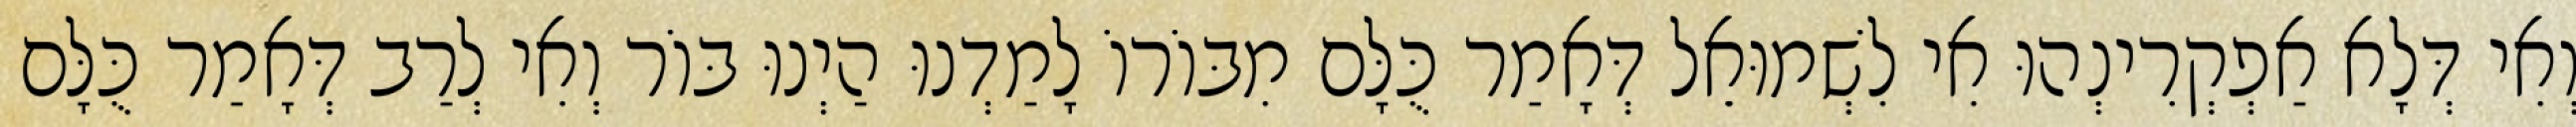
וְאִי דְּלָא אַפְקְרִינְהוּ אִי לִשְׁמוּאֵל דְּאָמַר כֻּלָּם מִבּוֹרוֹ לָמַדְנוּ הַיְנוּ בּוֹר וְאִי לְרַב דְּאָמַר כֻּלָּם